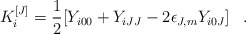
\begin{align*}K_i^{[J]} = \frac{1}{2} [Y_{i00} + Y_{iJJ} - 2\epsilon_{J,m}Y_{i0J}]\;\;\; .\end{align*}